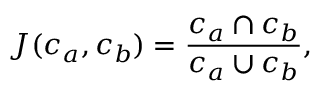
J ( c _ { a } , c _ { b } ) = \frac { c _ { a } \cap c _ { b } } { c _ { a } \cup c _ { b } } ,